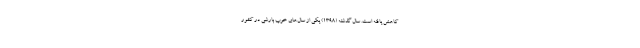
کاهش یافته است. سال گذشته (۱۳۹۸) یکی از سال‌های خوب بارشی در کشور